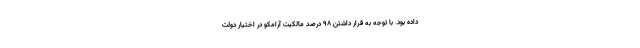
داده بود. با توجه به قرار داشتن ۹۸ درصد مالکیت آرامکو در اختیار دولت